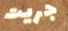
جريت